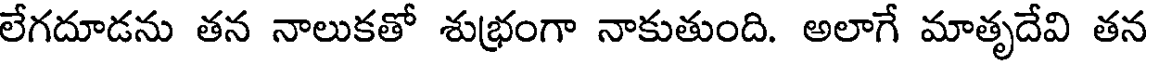
లేగదూడను తన నాలుకతో శుభ్రంగా నాకుతుంది. అలాగే మాతృదేవి తన